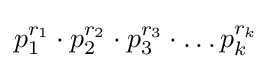
p_{1}^{r_{1}}\cdot p_{2}^{r_{2}}\cdot p_{3}^{r_{3}}\cdot \dots p_{k}^{r_{k}}